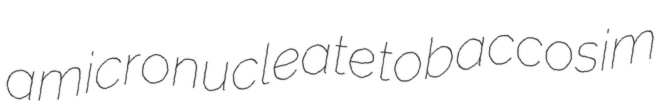
amicronucleate tobaccosim